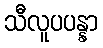
သီလူပပန္နာ